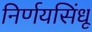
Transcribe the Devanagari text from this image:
निर्णयसिंधू